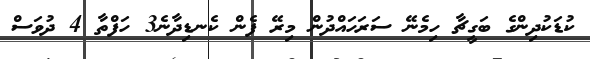
ކުޑަކުދިންގެ ބަގީޗާ ހިމެނޭ ސަރަހައްދުން މިރޭ ފެން ކެނޑިދާނެ3 ހަފްތާ 4 ދުވަސް